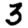
Digit: 3